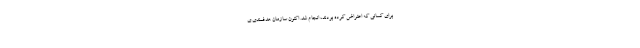
برای کسانی که اعتراض کرده بودند، انجام شد. اکنون سازمان هدفمندی ی